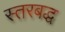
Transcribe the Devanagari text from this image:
स्तरबद्ध